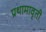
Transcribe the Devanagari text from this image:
प्रथामावृती